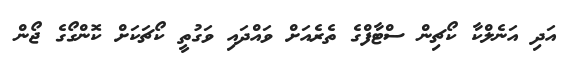
އަދި އަނެލްކާ ކޯޗިން ސްޓާފްގެ ތެރެއަށް ވައްދައި ވަގުތީ ކޯޗަކަށް ކޮންގޯގެ ޖޯން